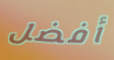
أفضل